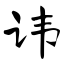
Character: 讳